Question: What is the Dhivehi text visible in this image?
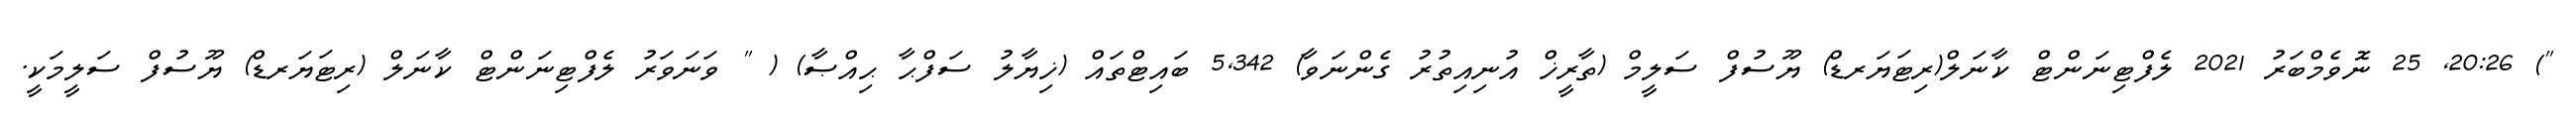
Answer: ") 20:26, 25 ނޮވެމްބަރު 2021 ލެފްޓިނަންޓް ކާނަލް(ރިޓަޔަރޑް) ޔޫސުފް ސަލީމް (ތާރީޚް އުނިއިތުރު ގެންނަވާ) 5,342 ބައިޓްތައް (ޚިޔާލު ސަފްޙާ ޙިއްޞާ) ( " ވަނަވަރު ލެފްޓިނަންޓް ކާނަލް (ރިޓަޔަރޑް) ޔޫސުފް ސަލީމަކީ.